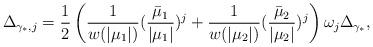
LaTeX: \begin{align*}\Delta _{{\gamma_*} ,j} = \frac{1}{2}\left(\frac{1}{{w(\left| {\mu _1} \right|)}}(\frac{{\bar \mu _1 }}{{\left| {\mu _1 } \right|}})^j+ \frac{1}{{w(\left| {\mu _2 } \right|)}}(\frac{{\bar \mu _2}}{{\left| {\mu _2 } \right|}})^j \right)\omega _j \Delta _{\gamma_*},\end{align*}